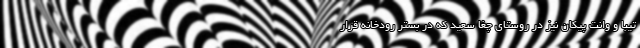
تیبا و وانت پیکان نیز در روستای چغا سعید که در بستر رودخانه قرار